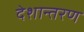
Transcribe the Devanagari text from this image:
देशान्तरण